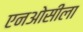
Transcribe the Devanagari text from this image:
एनओसीला